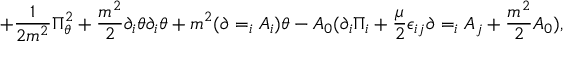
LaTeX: + { \frac { 1 } { 2 m ^ { 2 } } } \Pi _ { \theta } ^ { 2 } + { \frac { m ^ { 2 } } { 2 } } \partial _ { i } \theta \partial _ { i } \theta + m ^ { 2 } ( \partial = _ { i } A _ { i } ) \theta - A _ { 0 } ( \partial _ { i } \Pi _ { i } + { \frac { \mu } { 2 } } \epsilon _ { i j } \partial = _ { i } A _ { j } + { \frac { m ^ { 2 } } { 2 } } A _ { 0 } ) ,